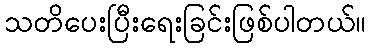
သတိပေးပြီးရေးခြင်းဖြစ်ပါတယ်။